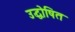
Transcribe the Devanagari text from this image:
उद्धोषित